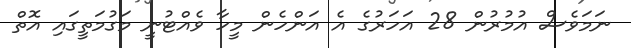
ނަމަވެސް އުމުރުން 28 އަހަރުގެ އެ އަންހެން މީހާ ވެއްޓުނީ މަގުމަތީގައި އޮތް